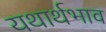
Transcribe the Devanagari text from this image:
यथार्थभाव